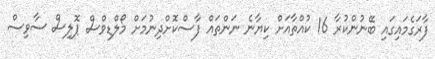
ފާރަގެމައިގައި ބޭނުންކުރާ 16 ކުއްތާއަށް ކިޔާނެ ނަންތައް ފާސްކޮށްދިނުމަށް މޯލްޑިވްސް ޕޮލިސް ސާވިސް